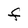
Character: F